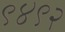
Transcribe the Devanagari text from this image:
९४९२